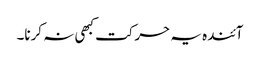
آئندہ یہ حرکت کبھی نہ کرنا۔